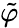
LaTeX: \tilde{\varphi}